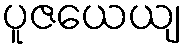
ပူဇယေယျ